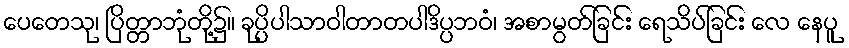
ပေတေသု၊ ပြိတ္တာဘုံတို့၌။ ခုပ္ပိပါသာဝါတာတပါဒိပ္ပဘဝံ၊ အစာမွတ်ခြင်း ရေသိပ်ခြင်း လေ နေပူ